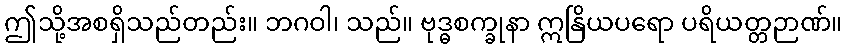
ဤသို့အစရှိသည်တည်း။ ဘဂဝါ၊ သည်။ ဗုဒ္ဓစက္ခုနာ ဣနြိယပရော ပရိယတ္တဉာဏ်။